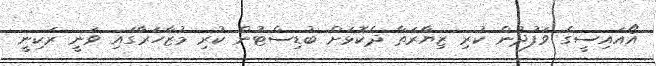
އޯއައިސީގެ ވަފުދުން ކުރި ޒިޔާރަތާ ދެކޮޅަށް ބުޑިސްޓުން ކުރި މުޒާހަރާގައި ވަނީ ރަކިނީ